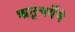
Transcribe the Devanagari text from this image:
ऋतुचर्येचे